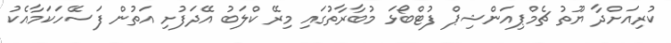
ކުރިއަށްދާ ޔޫތު ޗެމްޕިއަންޝިޕް ފުޓްބޯޅަ މުބާރާތުގައި މިރޭ ކްލަބު އޭދަފުށި އަތުން ފަސޭހަކަމާއެކު